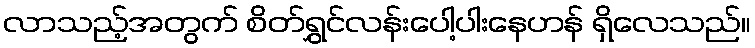
လာသည့်အတွက် စိတ်ရွှင်လန်းပေါ့ပါးနေဟန် ရှိလေသည်။